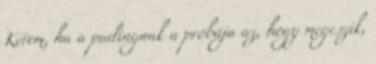
Kérem, ha a pudingnak a próbája az, hogy megeszik,